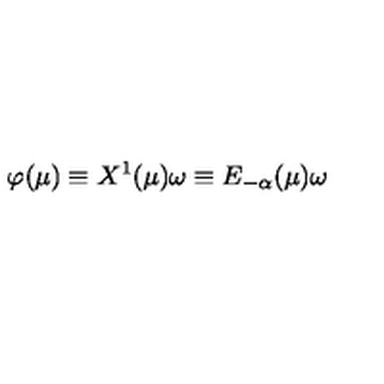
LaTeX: \varphi ( \mu ) \equiv X ^ { 1 } ( \mu ) \omega \equiv E _ { - \alpha } ( \mu ) \omega